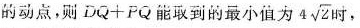
的动点，则DQ+PQ能取到的最小值为 $$4 \sqrt{2}$$ 时，